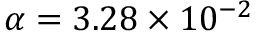
\alpha = 3 . 2 8 \times 1 0 ^ { - 2 }